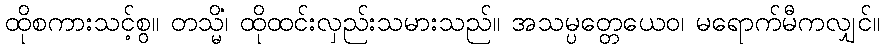
ထိုစကားသင့်စွ။ တသ္မိံ၊ ထိုထင်းလှည်းသမားသည်။ အသမ္ပတ္တေယေဝ၊ မရောက်မီကလျှင်။